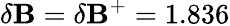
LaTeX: \delta\mathbf{B}=\delta\mathbf{B}^{+}=1.836